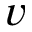
v